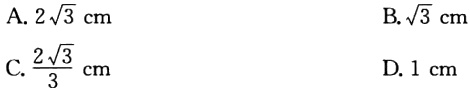
A. \(2\sqrt{3}\text{ cm}\)

B. \(\sqrt{3}\text{ cm}\)

C. \(\frac{2\sqrt{3}}{3}\text{ cm}\)

D. \(1\text{ cm}\)